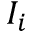
I _ { i }